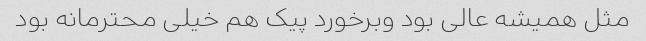
مثل همیشه عالی بود و‌برخورد پیک‌ هم خیلی محترمانه بود